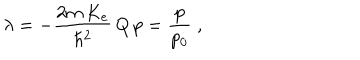
\lambda = - \frac { 2 m \, K _ { e } } { \hbar ^ { 2 } } { \, Q \, p } = \frac { p } { p _ { 0 } } \; ,